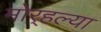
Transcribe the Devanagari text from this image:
मोर्‍हल्या